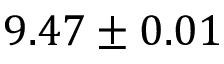
9 . 4 7 \pm 0 . 0 1